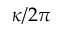
\kappa / 2 \pi